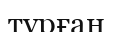
тұрған